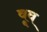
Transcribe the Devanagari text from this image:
वूव